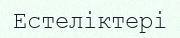
Естеліктері